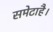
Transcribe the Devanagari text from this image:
समेटाहै।